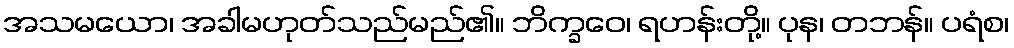
အသမယော၊ အခါမဟုတ်သည်မည်၏။ ဘိက္ခဝေ၊ ရဟန်းတို့။ ပုန၊ တဘန်။ ပရံစ၊